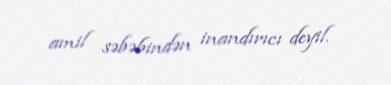
amil səbəbindən inandırıcı deyil.